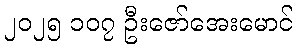
၂၀၂၅ ၁၀၇ ဦးဇော်အေးမောင်